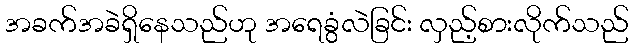
အခက်အခဲရှိနေသည်ဟု အရေခွံလဲခြင်း လှည့်စားလိုက်သည်